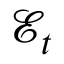
\mathcal { E } _ { t }